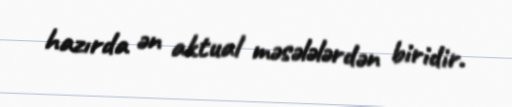
hazırda ən aktual məsələlərdən biridir.